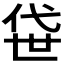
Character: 𫢫